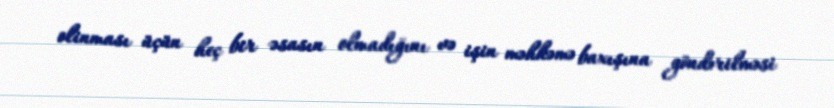
olinması üçün heç bir əsasın olmadığını və işin məhkəmə baxışına göndərilməsi